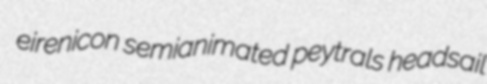
eirenicon semianimated peytrals headsail